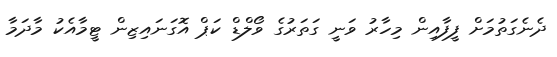
ދެނެގަތުމަށް ފީފާއިން މިހާރު ވަނީ ގަތަރުގެ ވޯލްޑް ކަޕް އޮގަނައިޒިން ޓީމާއެކު މާދަމާ